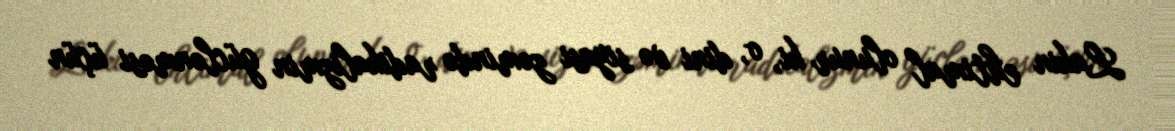
Lakin ehtimal olunur ki, o, dini və siyasi zəmində radikalizmin güclənməsi üçün